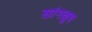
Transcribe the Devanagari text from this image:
सांगळूद